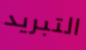
التبريد